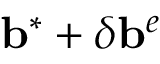
\mathbf { b } ^ { * } + \delta \mathbf { b } ^ { e }